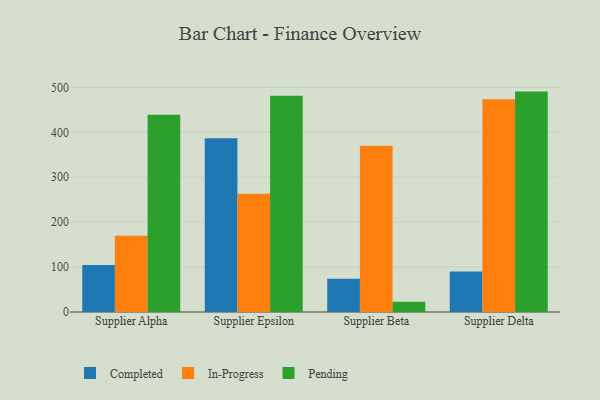
{"axis": {"x": "Supplier", "y": "Churn Rate (%)"}, "legend": ["Completed", "In-Progress", "Pending"], "data": [{"x": "Supplier Alpha", "y": 104.6, "type": "Completed"}, {"x": "Supplier Alpha", "y": 169.8, "type": "In-Progress"}, {"x": "Supplier Alpha", "y": 438.9, "type": "Pending"}, {"x": "Supplier Epsilon", "y": 387.0, "type": "Completed"}, {"x": "Supplier Epsilon", "y": 263.2, "type": "In-Progress"}, {"x": "Supplier Epsilon", "y": 481.5, "type": "Pending"}, {"x": "Supplier Beta", "y": 74.1, "type": "Completed"}, {"x": "Supplier Beta", "y": 370.1, "type": "In-Progress"}, {"x": "Supplier Beta", "y": 22.6, "type": "Pending"}, {"x": "Supplier Delta", "y": 90.0, "type": "Completed"}, {"x": "Supplier Delta", "y": 473.9, "type": "In-Progress"}, {"x": "Supplier Delta", "y": 490.7, "type": "Pending"}]}